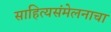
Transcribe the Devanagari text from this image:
साहित्यसंमेलनाचा